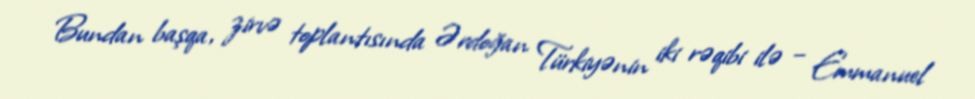
Bundan başqa, zirvə toplantısında Ərdoğan Türkiyənin iki rəqibi ilə – Emmanuel